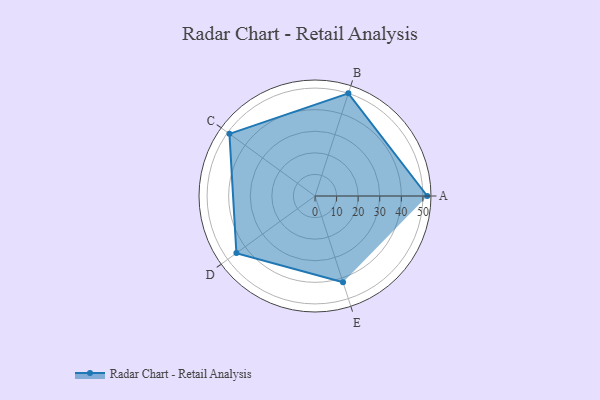
{"axis": {"x": "Skill", "y": "Score"}, "legend": ["Profile"], "data": [{"x": "A", "y": 52.0, "type": "Profile"}, {"x": "B", "y": 50.0, "type": "Profile"}, {"x": "C", "y": 49.0, "type": "Profile"}, {"x": "D", "y": 45.0, "type": "Profile"}, {"x": "E", "y": 42.0, "type": "Profile"}]}